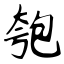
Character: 匏